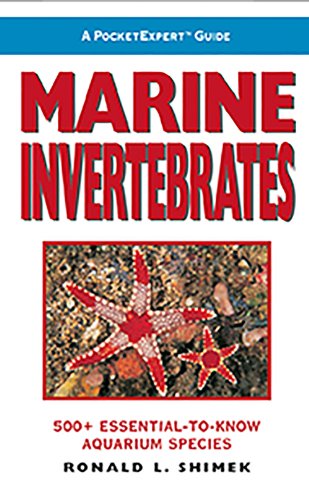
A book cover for A PocketExpert Guide to Marine Invertebrates: 500+ Essential-to-Know Aquarium Species; Ronald L. Shimek; Crafts, Hobbies & Home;